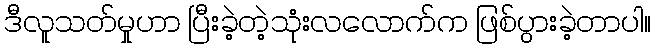
ဒီလူသတ်မှုဟာ ပြီးခဲ့တဲ့သုံးလလောက်က ဖြစ်ပွားခဲ့တာပါ။